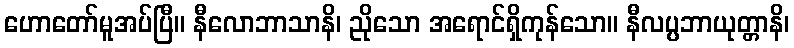
ဟောတော်မူအပ်ပြီ။ နီလောဘာသာနိ၊ ညိုသော အရောင်ရှိကုန်သော။ နီလပ္ပဘာယုတ္တာနိ၊